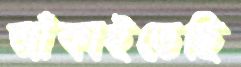
আঁকাইতেছি